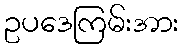
ဥပဒေကြမ်းအား